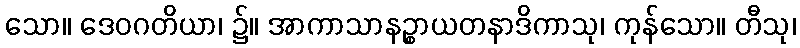
သော။ ဒေဝဂတိယာ၊ ၌။ အာကာသာနဉ္စာယတနာဒိကာသု၊ ကုန်သော။ တီသု၊